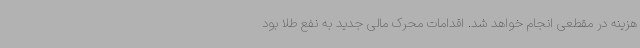
هزینه در مقطعی انجام خواهد شد. اقدامات محرک مالی جدید به نفع طلا بود